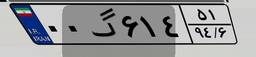
۳۳گ۰۳۱۱۷